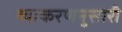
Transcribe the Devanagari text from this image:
व्याकरणनुसारी